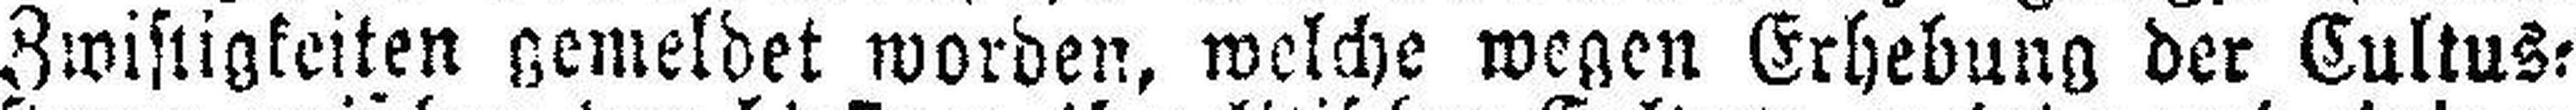
Zwistigkeiten gemeldet worden, welche wegen Erhebung der Cultus¬